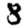
Digit: 8